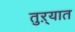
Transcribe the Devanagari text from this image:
तुऱ्यात